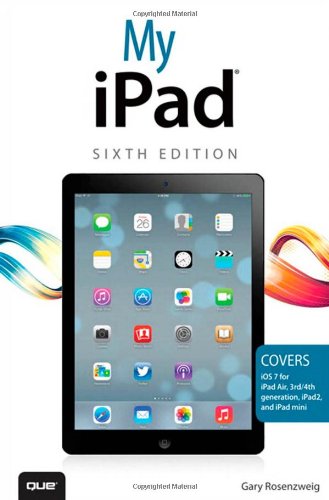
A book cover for My iPad (covers iOS 7 on iPad Air, iPad 3rd/4th generation, iPad2, and iPad mini) (6th Edition); Gary Rosenzweig; Computers & Technology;